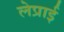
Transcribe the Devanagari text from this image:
लेप्राई